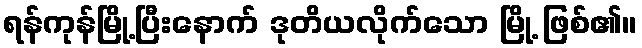
ရန်ကုန်မြို့ပြီးနောက် ဒုတိယလိုက်သော မြို့ ဖြစ်၏။